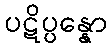
ပဋိပ္ပန္နော